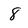
Character: 8